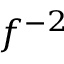
f ^ { - 2 }